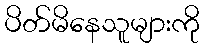
ပိတ်မိနေသူများကို